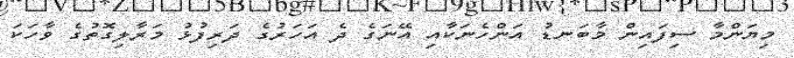
މިޔަންމާ ސިފައިން މާބަނޑު އަންހެނަކާއި އޭނަގެ ދެ އަހަރުގެ ދަރިފުޅު މަރާލިގޮތުގެ ވާހަކަ